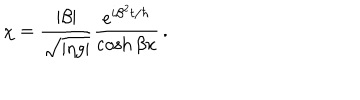
\chi = { \frac { | \beta | } { \sqrt { | \eta g | } } } { \frac { e ^ { i \beta ^ { 2 } t / \hbar } } { \cosh \beta x } } \, .